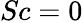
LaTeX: Sc=0